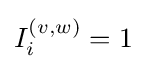
I_{i}^{(v,w)}=1